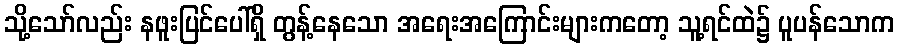
သို့သော်လည်း နဖူးပြင်ပေါ်ရှိ တွန့်နေသော အရေးအကြောင်းများကတော့ သူ့ရင်ထဲ၌ ပူပန်သောက